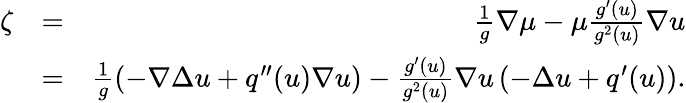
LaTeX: \begin{array}{rlr}{\zeta}&{=}&{\frac{1}{g}\nabla\mu-\mu\frac{g^{\prime}(u)}{g^{2}(u)}\nabla u}\\ &{=}&{\frac{1}{g}\left(-\nabla\Delta u+q^{\prime\prime}(u)\nabla u\right)-\frac{g^{\prime}(u)}{g^{2}(u)}\nabla u\left(-\Delta u+q^{\prime}(u)\right).}\end{array}